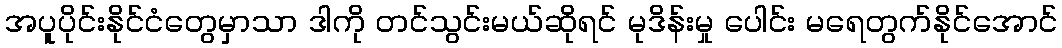
အပူပိုင်းနိုင်ငံတွေမှာသာ ဒါကို တင်သွင်းမယ်ဆိုရင် မုဒိန်းမှု ပေါင်း မရေတွက်နိုင်အောင်